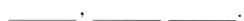
____,____.